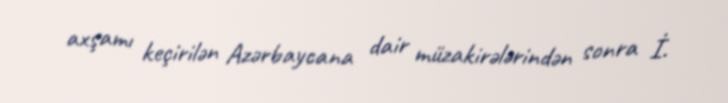
axşamı keçirilən Azərbaycana dair müzakirələrindən sonra İ.